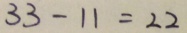
3 3 - 1 1 = 2 2